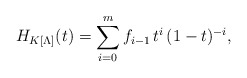
\begin{align*} H_{K[\Lambda]} (t) = \sum_{i=0}^{m} f_{i-1} \, t^i \, (1-t)^{-i}, \end{align*}